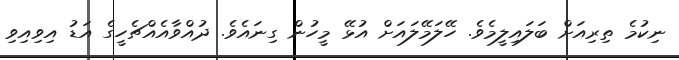
ނިކުމެ ތިރިއަށް ބަލައިލީމެވެ. ހޭލަމޭލައަށް އުޅޭ މީހުން ގިނައެވެ. ދުއްވާއެއްޗެހީގެ އަޑު އިވިއިވި